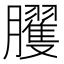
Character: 𰯪